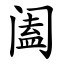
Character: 阖